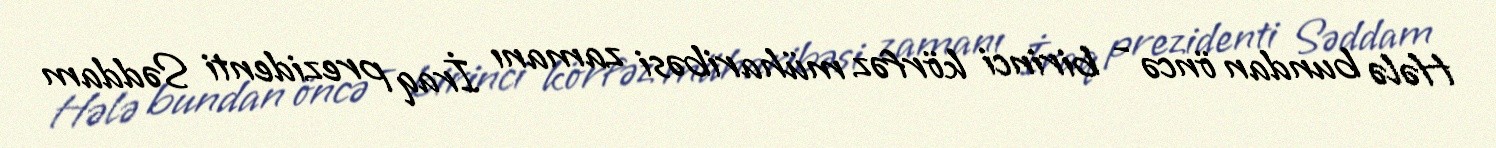
Hələ bundan öncə - birinci körfəz müharibəsi zamanı İraq prezidenti Səddam